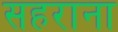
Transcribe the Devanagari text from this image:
सहराना